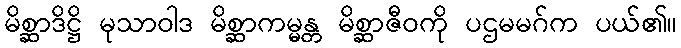
မိစ္ဆာဒိဋ္ဌိ မုသာဝါဒ မိစ္ဆာကမ္မန္တ မိစ္ဆာဇီဝကို ပဌမမဂ်က ပယ်၏။